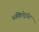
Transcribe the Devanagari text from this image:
प्रतिप्रोट्रॉन